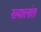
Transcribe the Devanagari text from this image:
ख्यालांत